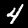
Label: 4